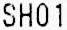
SH01